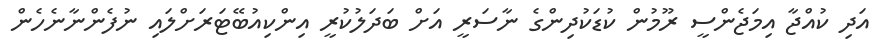
އަދި ކުއްޖާ އިމަޖެންސީ ރޫމުން ކުޑަކުދިންގެ ނާސަރީ އަށް ބަދަލުކުރީ އިންކިއުބޭޓަރަށްލައި ނުފެންނާނެހެން